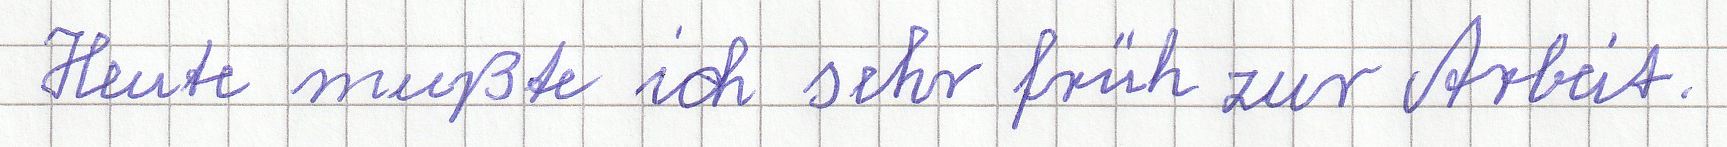
Heute mußte ich sehrr früh zur Arbeit.